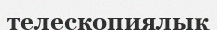
телескопиялық